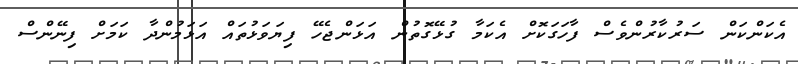
އެކަންކަން ސަރުކާރުންވެސް ފާހަގަކޮށް އެކަމާ ގުޅޭގޮތުން އަޅަންޖެހޭ ފިޔަވަޅުތައް އަޅަމުންދާ ކަމަށް ފިނޭންސް